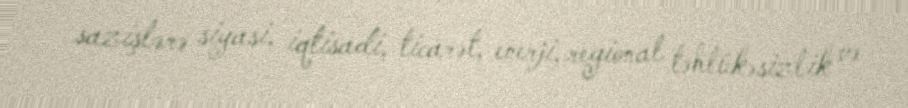
sazişlərə siyasi, iqtisadi, ticarət, enerji, regional təhlükəsizlik və